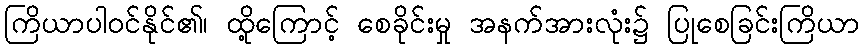
ကြိယာပါဝင်နိုင်၏၊ ထို့ကြောင့် စေခိုင်းမှု အနက်အားလုံး၌ ပြုစေခြင်းကြိယာ